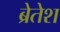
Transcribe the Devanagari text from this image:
ब्रेतेश